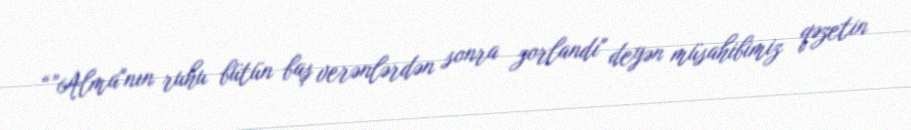
“”Alma"nın ruhu bütün baş verənlərdən sonra zorlandı" deyən müsahibimiz qəzetin